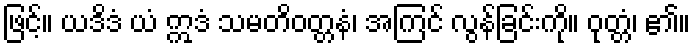
ဖြင့်။ ယဒိဒံ ယံ ဣဒံ သမတိဝတ္တနံ၊ အကြင် လွန်ခြင်းကို။ ဝုတ္တံ၊ ၏။